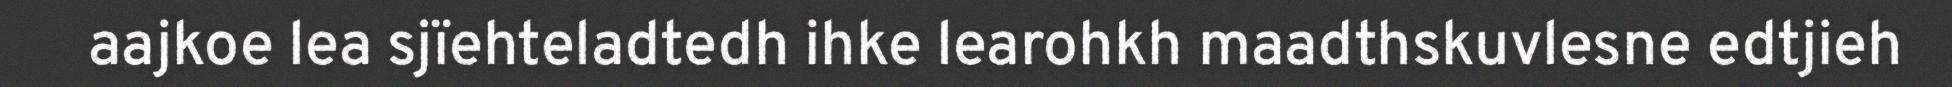
aajkoe lea sjïehteladtedh ihke learohkh maadthskuvlesne edtjieh